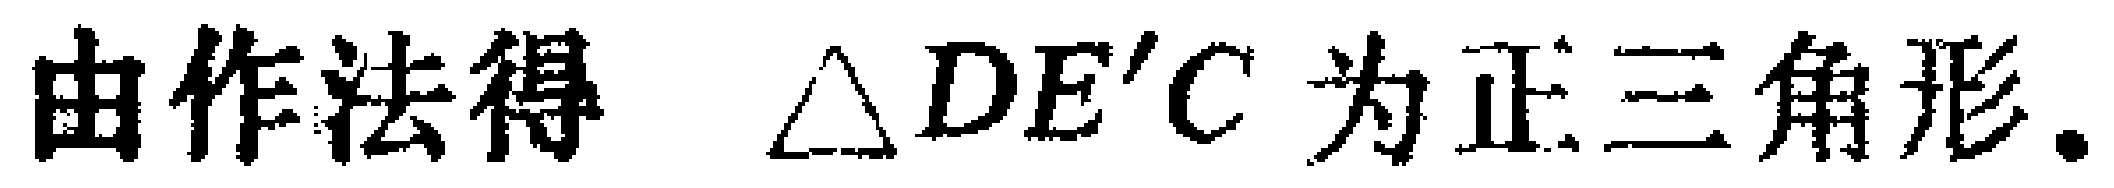
由作法得 $\triangle DE'C$ 为正三角形.